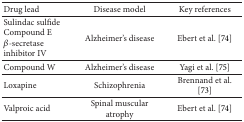
<table><thead><tr><td><b>Drug lead </b></td><td><b>Disease model</b></td><td><b>Key references</b></td></tr></thead><tbody><tr><td>Sulindac sulfideCompound E<i>β</i>-secretase inhibitor IV</td><td>Alzheimer&#x27;s disease</td><td>Ebert et al. [74]</td></tr><tr><td>Compound W</td><td>Alzheimer&#x27;s disease</td><td>Yagi et al. [75]</td></tr><tr><td>Loxapine</td><td>Schizophrenia</td><td>Brennand et al. [73]</td></tr><tr><td>Valproic acid</td><td>Spinal muscular atrophy</td><td>Ebert et al. [74]</td></tr></tbody></table>